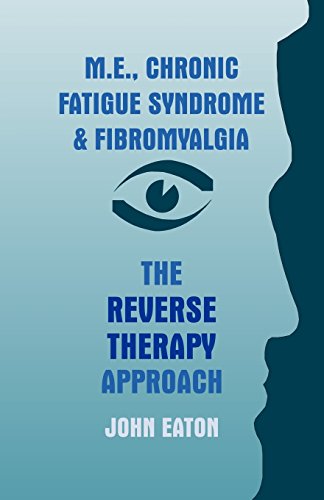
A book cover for M.E., Chronic Fatigue Syndrome and Fibromyalgia - The Reverse Therapy Approach; John Eaton; Health, Fitness & Dieting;